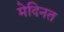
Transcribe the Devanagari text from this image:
मेदिनत